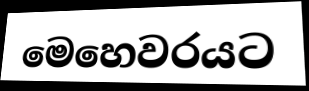
මෙහෙවරයට